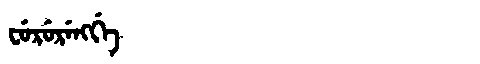
Manchu: ᠸᡠᡵᡠᡵᡝᠩᡤᡝ
Romanization: FURURENGGE